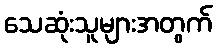
သေဆုံးသူများအတွက်